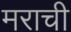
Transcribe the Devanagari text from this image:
मराची